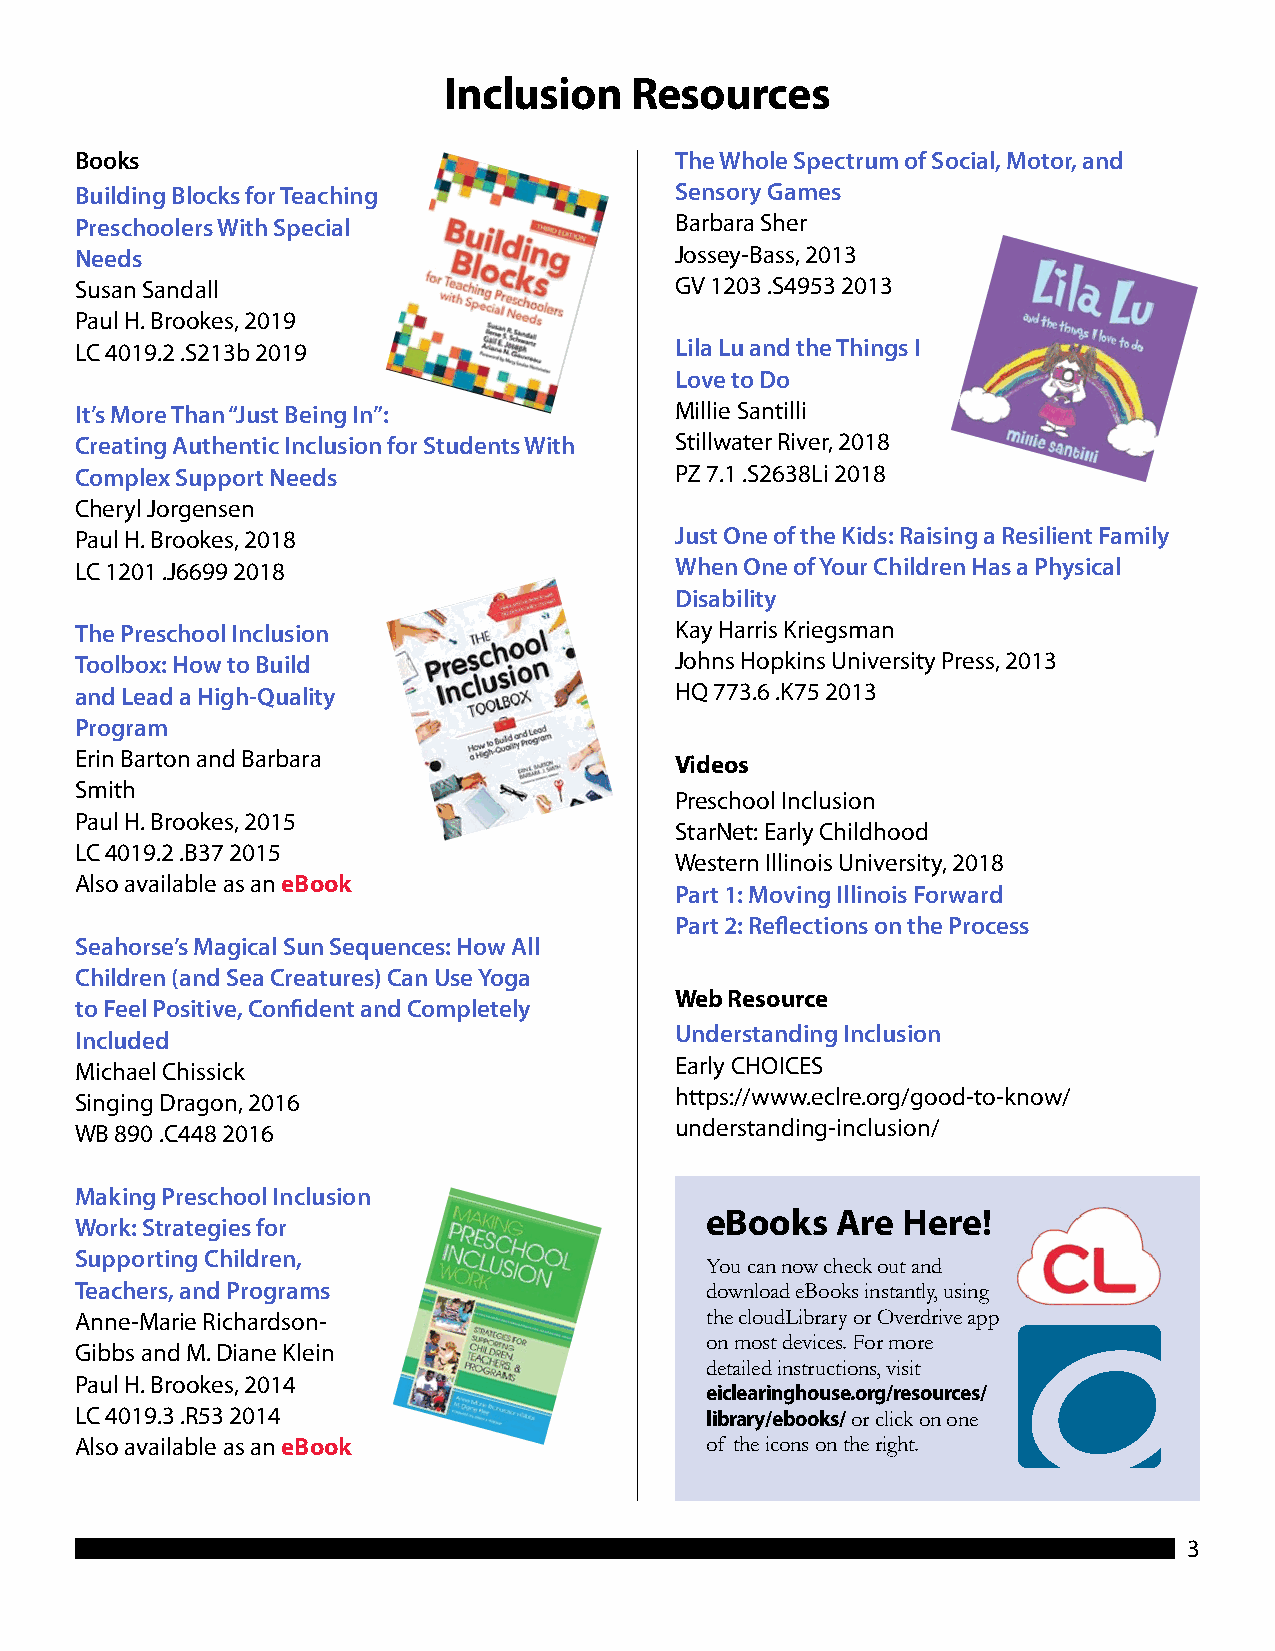
Inclusion    Resources
 Books                                   The Whole Spectrum of Social, Motor, and
 Building Blocks for Teaching            Sensory Games
 Preschoolers With Special               Barbara Sher
 Needs                                   Jossey-Bass, 2013
 Susan Sandall                           GV 1203 .S4953 2013
 Paul H. Brookes, 2019
 LC 4019.2 .S213b 2019                   Lila Lu and the Things I
 Love to Do
 It’s More Than “Just Being In”:         Millie Santilli
 Creating Authentic Inclusion for Students With Stillwater River, 2018
 Complex Support Needs                   PZ 7.1 .S2638Li 2018
 Cheryl Jorgensen
 Paul H. Brookes, 2018                   Just One of the Kids: Raising a Resilient Family
 LC 1201 .J6699 2018                     When One of Your Children Has a Physical
 Disability
 The Preschool Inclusion                 Kay Harris Kriegsman
 Toolbox: How to Build                   Johns Hopkins University Press, 2013
 and Lead a High-Quality                 HQ 773.6 .K75 2013
 Program
 Erin Barton and Barbara                 Videos
 Smith
 Preschool Inclusion
 Paul H. Brookes, 2015
 StarNet: Early Childhood
 LC 4019.2 .B37 2015
 Western Illinois University, 2018
 Also available as an eBook
 Part 1: Moving Illinois Forward
 Part 2: Reflections on the Process
 Seahorse’s Magical Sun Sequences: How All
 Children (and Sea Creatures) Can Use Yoga
 Web Resource
 to Feel Positive, Confident and Completely
 Included                                Understanding Inclusion
 Michael Chissick                        Early CHOICES
 Singing Dragon, 2016                    https://www.eclre.org/good-to-know/
 WB 890 .C448 2016                       understanding-inclusion/
 Making Preschool Inclusion
 eBooks  Are  Here!
 Work: Strategies for
 Supporting Children,
 You can now check out and
 Teachers, and Programs                    download eBooks instantly, using
 Anne-Marie Richardson-                    the cloudLibrary or Overdrive app
 on most devices. For more
 Gibbs and M. Diane Klein
 detailed instructions, visit
 Paul H. Brookes, 2014
 eiclearinghouse.org/resources/
 LC 4019.3 .R53 2014                       library/ebooks/ or click on one
 Also available as an eBook                of the icons on the right.
 3